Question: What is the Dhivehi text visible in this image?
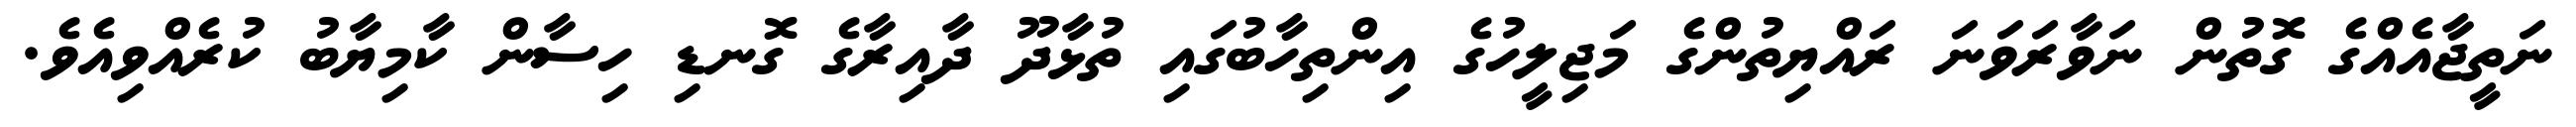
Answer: ނަތީޖާއެއްގެ ގޮތުން ނަވާރަވަނަ ރައްޔިތުންގެ މަޖިލީހުގެ އިންތިހާބުގައި ތުޅާދޫ ދާއިރާގެ ގޮނޑި ހިސާން ކާމިޔާބު ކުރެއްވިއެވެ.